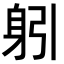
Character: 𨈧